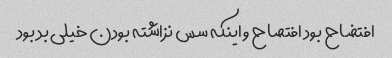
افتضاح بود افتصاح و اینکه سس نزاشته بودن خیلی بد بود